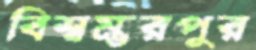
বিশ্বম্ভরপুর